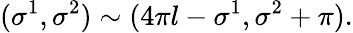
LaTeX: (\sigma^{1},\sigma^{2})\sim(4\pi l-\sigma^{1},\sigma^{2}+\pi).